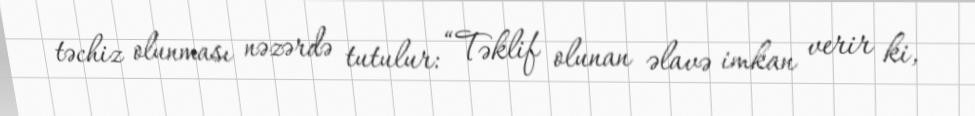
təchiz olunması nəzərdə tutulur: “Təklif olunan əlavə imkan verir ki,